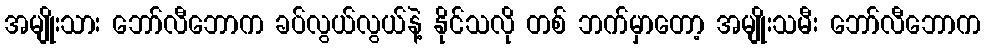
အမျိုးသား ဘော်လီဘောက ခပ်လွယ်လွယ်နဲ့ နိုင်သလို တစ် ဘက်မှာတော့ အမျိုးသမီး ဘော်လီဘောက